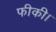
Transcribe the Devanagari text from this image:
फीकी।